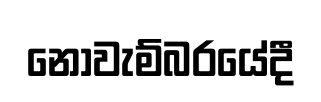
නොවැම්බරයේදී